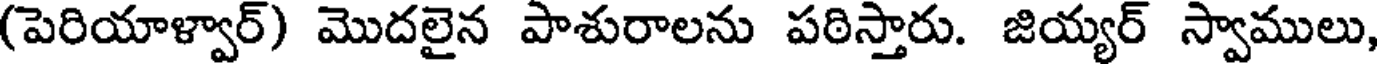
(పెరియాళ్వార్) మొదలైన పాశురాలను పఠిస్తారు. జియ్యర్ స్వాములు,